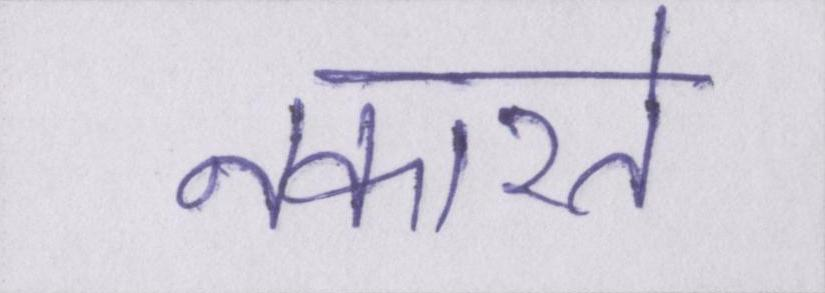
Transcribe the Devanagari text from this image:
नकारते